Report on the metropolitan horse fairs and district horse shows of 1892-93 - 1892-1893
Year: 1892
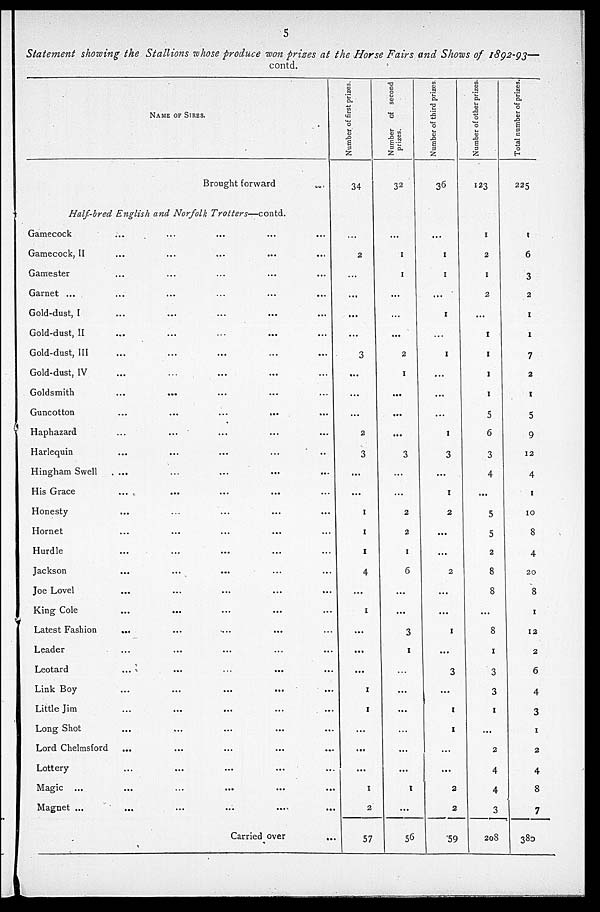
5
Statement showing the Stallions whose produce won prizes at the Horse Fairs and Shows of 1892-93—
contd.
NAME OF SIRES.
Brought forward
Half-bred English and Norfolk
Trotters—contd.
Gamecock ... ... ... ...
Gamecock, II ... ... ... ...
Gamester ... ... ... ...
Garnet ... ... ... ... ...
Gold-dust, I ... ... ... ...
Gold-dust, II ... ... ... ...
Gold-dust, III ... ... ... ...
Gold-dust, IV ... ... ... ...
Goldsmith ... ... ... ...
Guncotton ... ... ... ...
Haphazard ... ... ... ...
Harlequin ... ... ... ...
Hingham Swell ... ... ... ...
His Grace ... ... ... ...
Honesty ... ... ... ...
Hornet ... ... ... ...
Hurdle ... ... ... ...
Jackson ... ... ... ...
Joe Lovel ... ... ... ...
King Cole ... ... ... ...
Latest Fashion
... ... ... ... ...
Leader ... ... ... ...
Leotard ... ... ... ...
Link Boy ... ... ... ...
Little Jim ... ... ... ...
Long Shot ... ... ... ...
Lord Chelmsford ... ... ... ...
Lottery ... ... ... ...
Magic ... ... ... ...
Magnet ... ... ... ... ...
Carried over ...
Number of first prizes.
34
...
2
...
...
...
...
3
...
...
...
2
3
...
...
1
1
1
4
...
1
...
...
...
1
1
...
...
...
1
2
57
Number of second
prizes.
32
...
1
1
...
...
...
2
1
...
...
...
3
...
...
2
2
1
6
...
...
3
1
...
...
...
...
...
...
1
...
56
Number of third prizes
36
...
1
1
...
1
1
...
...
...
1
3
...
1
2
...
...
2
...
...
1
...
3
...
1
1
...
...
2
2
59
Number of other prizes
123
1
2
1
2
...
1
1
1
1
5
6
3
4
...
5
5
2
8
8
...
8
1
3
3
1
...
2
4
4
3
208
Total number of prizes.
225
1
6
3
2
1
1
7
2
1
5
9
12
4
1
10
8
4
20
8
1
12
2
6
4
3
1
2
4
8
7
380